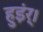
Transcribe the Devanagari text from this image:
हुइंर्।